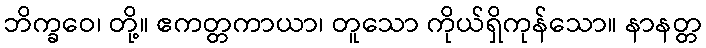
ဘိက္ခဝေ၊ တို့။ ဧကတ္တကာယာ၊ တူသော ကိုယ်ရှိကုန်သော။ နာနတ္တ